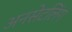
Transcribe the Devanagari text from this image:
अनसेटलिंग